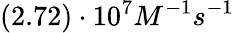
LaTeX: (2.72)\cdot 10^{7}M^{-1}s^{-1}